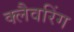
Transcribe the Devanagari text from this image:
क्लैवरिंग